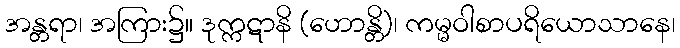
အန္တရာ၊ အကြား၌။ ဒုက္ကဋာနိ (ဟောန္တိ)၊ ကမ္မဝါစာပရိယောသာနေ၊